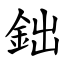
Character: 鈯